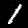
Label: 1